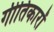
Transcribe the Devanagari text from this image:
गीतिकारों